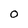
Character: O